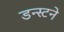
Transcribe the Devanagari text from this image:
डन्स्टने